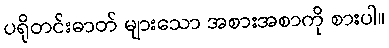
ပရိုတင်းဓာတ် များသော အစားအစာကို စားပါ။